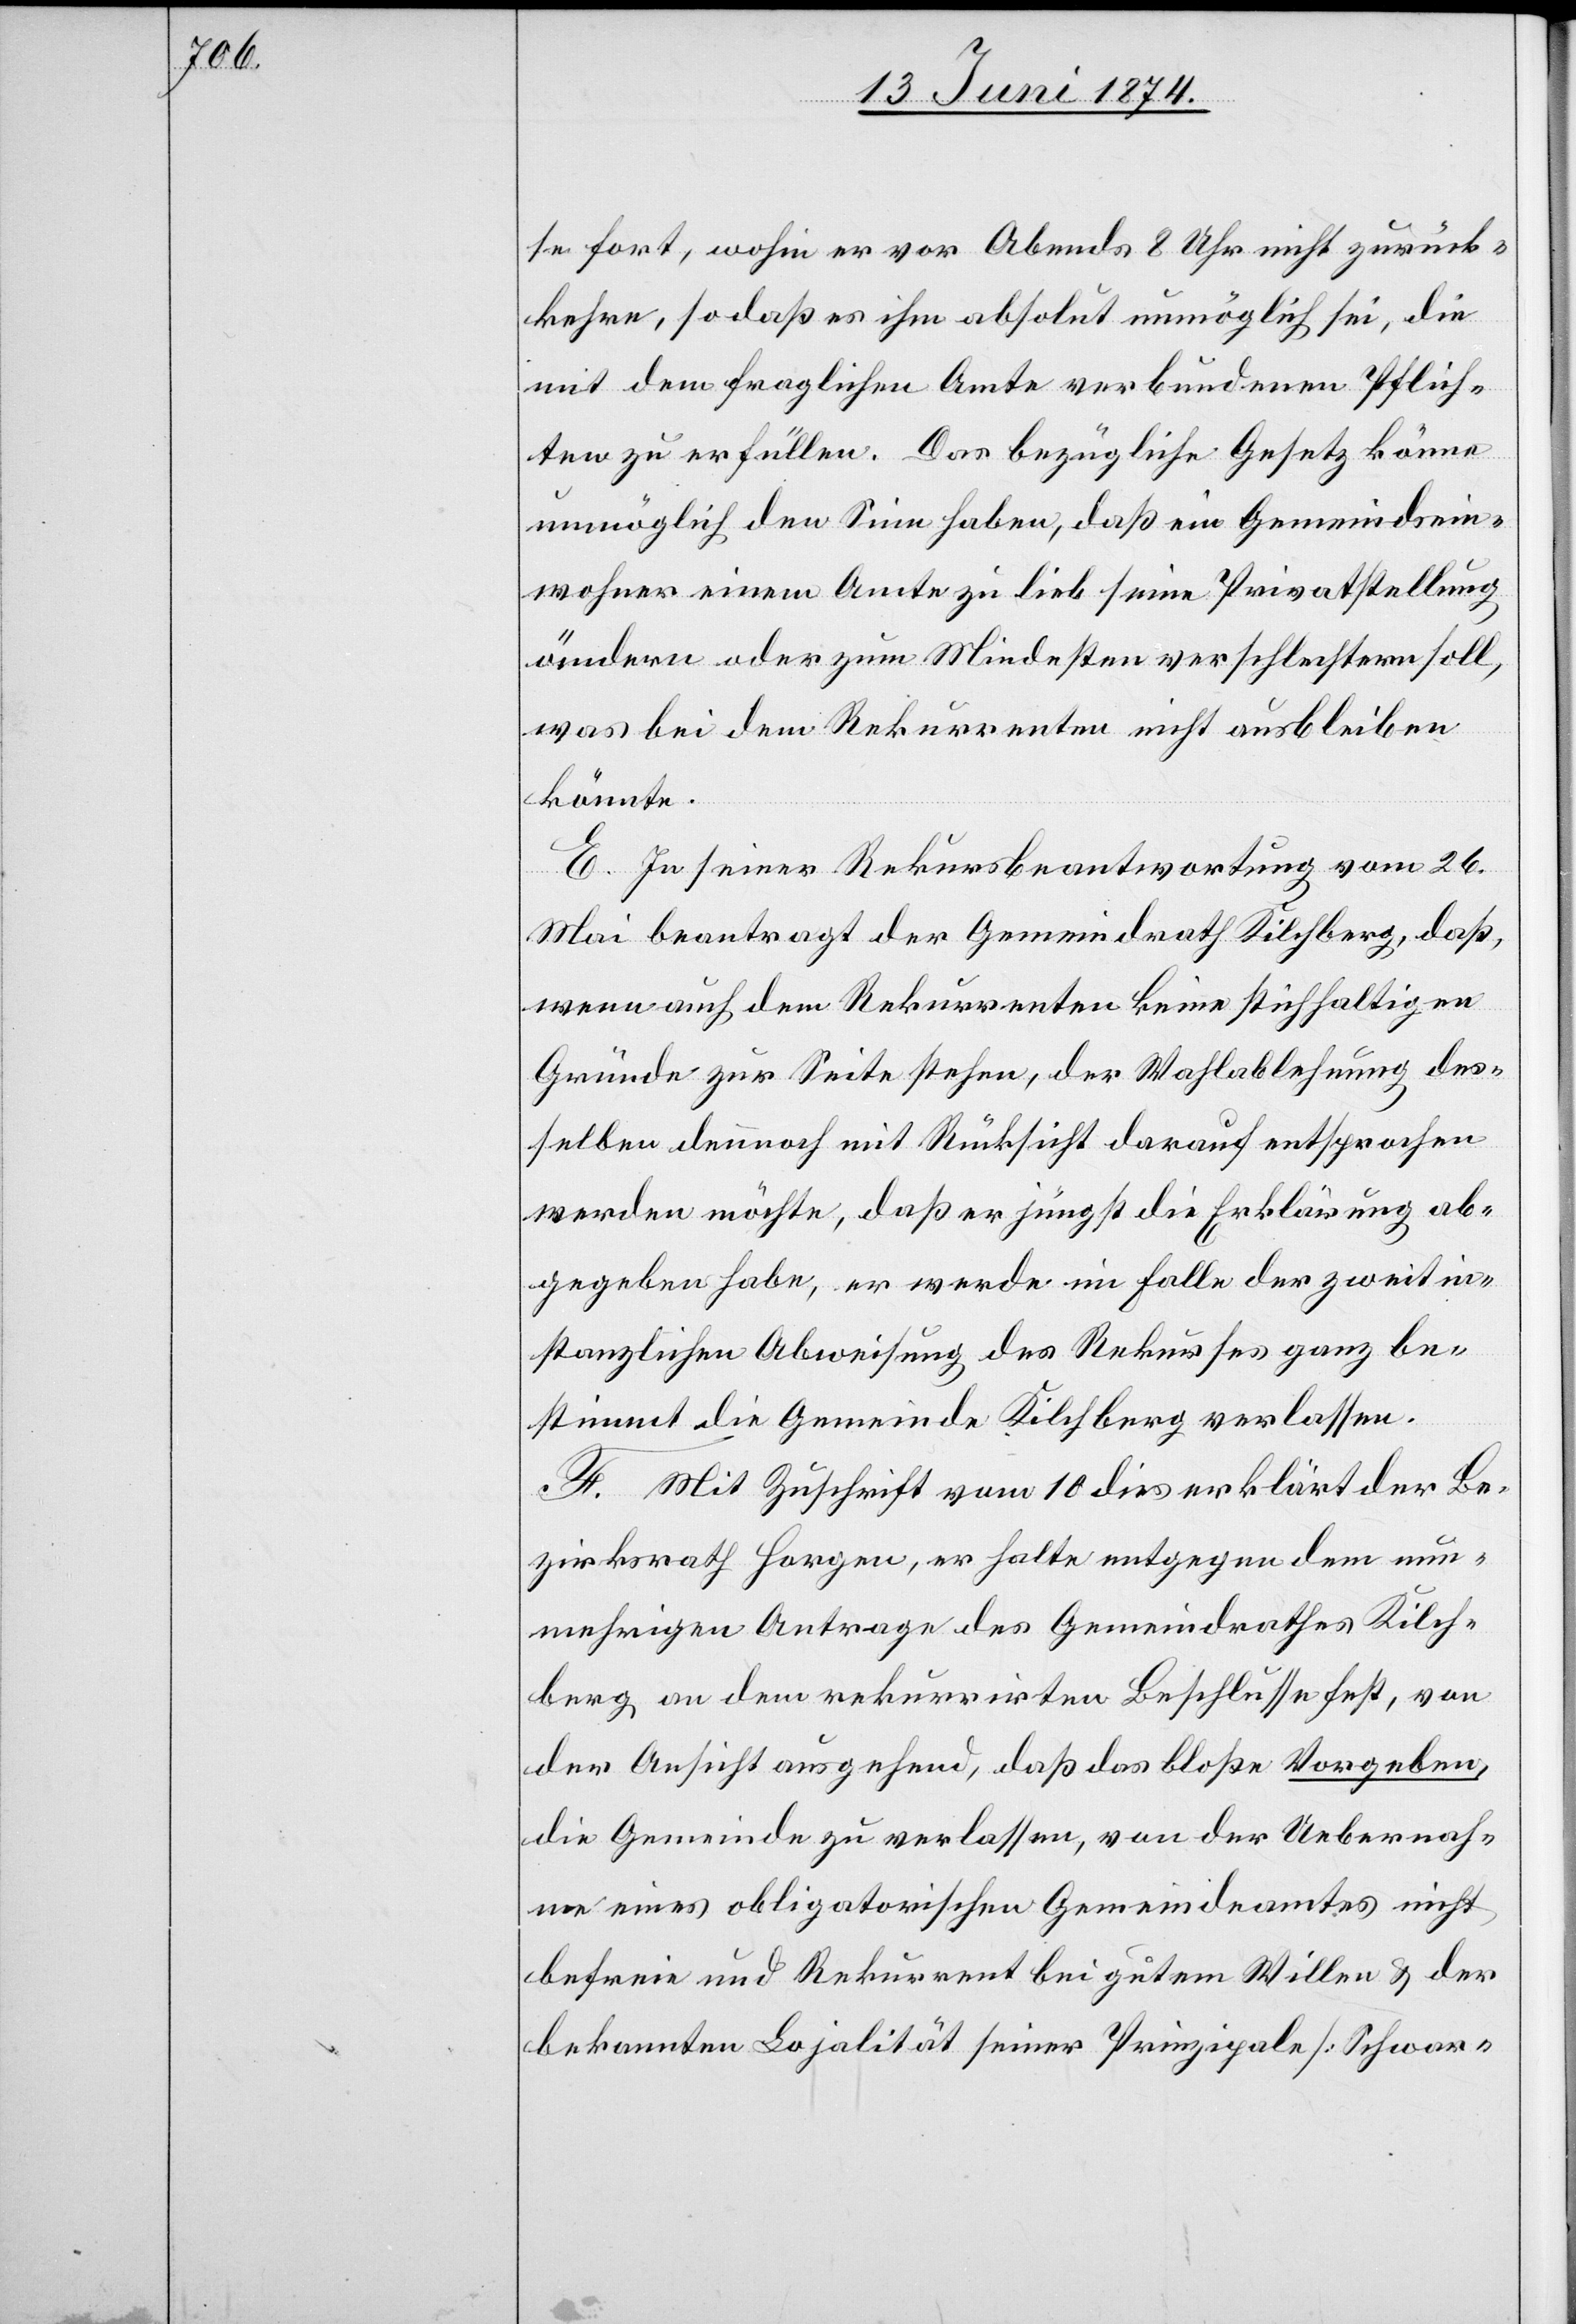
se fort, wohin er vor Abends 8 Uhr nicht zurück¬
kehre, so daß es ihm absolut unmöglich sei, die
mit dem fraglichen Amte verbundenen Pflich¬
ten zu erfüllen. Das bezügliche Gesetz könne
unmöglich den Sinn haben, daß ein Gemeindsein¬
wohner einem Amte zu lieb seine Privatstellung
ändern oder zum Mindesten verschlechtern soll,
was bei dem Rekurrenten nicht ausbleiben
könnte.
E. In seiner Rekursbeantwortung vom 26.
Mai beantragt der Gemeindrath Kilchberg, daß,
wenn auch dem Rekurrenten keine stichhaltigen
Gründe zur Seite stehen, der Wahlablehnung des¬
selben dennoch mit Rücksicht darauf entsprochen
werden möchte, daß er jüngst die Erklärung ab¬
gegeben habe, er werde im Falle der zweitin¬
stanzlichen Abweisung des Rekurses ganz be¬
stimmt die Gemeinde Kilchberg verlassen.
F. Mit Zuschrift vom 11. dies erklärt der Be¬
zirksrath Horgen, er halte entgegen dem nun¬
mehrigen Antrage des Gemeindrathes Kilch¬
berg an dem rekurrirten Beschlusse fest, von
der Ansicht ausgehend, daß das bloße Vorgeben,
die Gemeinde zu verlassen, von der Uebernah¬
me eines obligatorischen Gemeindeamtes nicht
befreie und Rekurrent bei gutem Willen u. der
bekannten Lojalität seiner Prinzipale [Schwar-